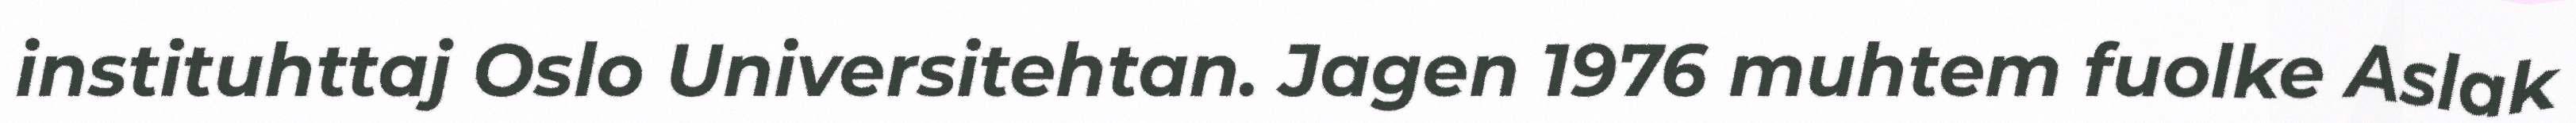
instituhttaj Oslo Universitehtan. Jagen 1976 muhtem fuolke Aslak